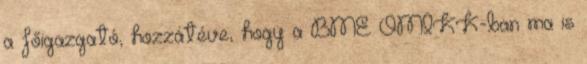
a főigazgató, hozzátéve, hogy a BME OMIKK-ban ma is